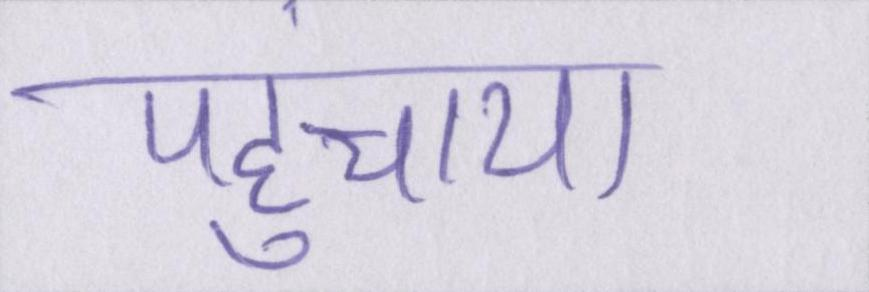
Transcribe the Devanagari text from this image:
पहुंचाया